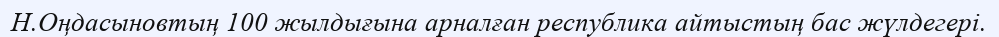
Н.Оңдасыновтың 100 жылдығына арналған республика айтыстың бас жүлдегері.